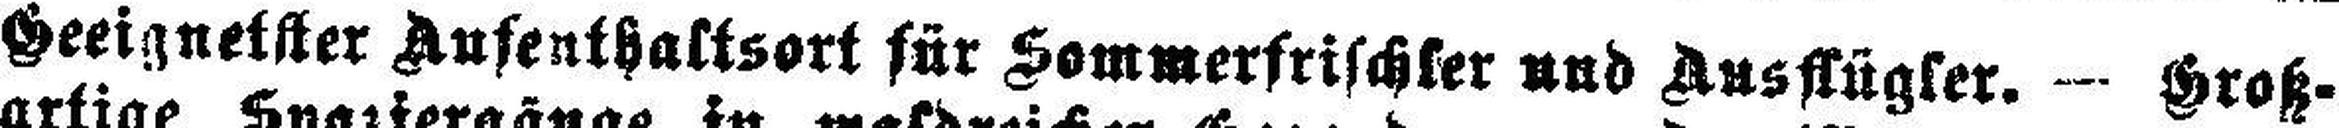
Geeignetster Aufenthaltsort für Sommerfrischser und Ausflügler. — Groß¬